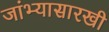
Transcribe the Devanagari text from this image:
जांभ्यासारखी